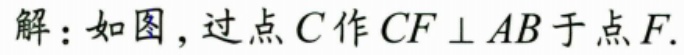
解：如图，过点\(C\)作\(CF\perp AB\)于点\(F\).